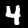
Label: 4